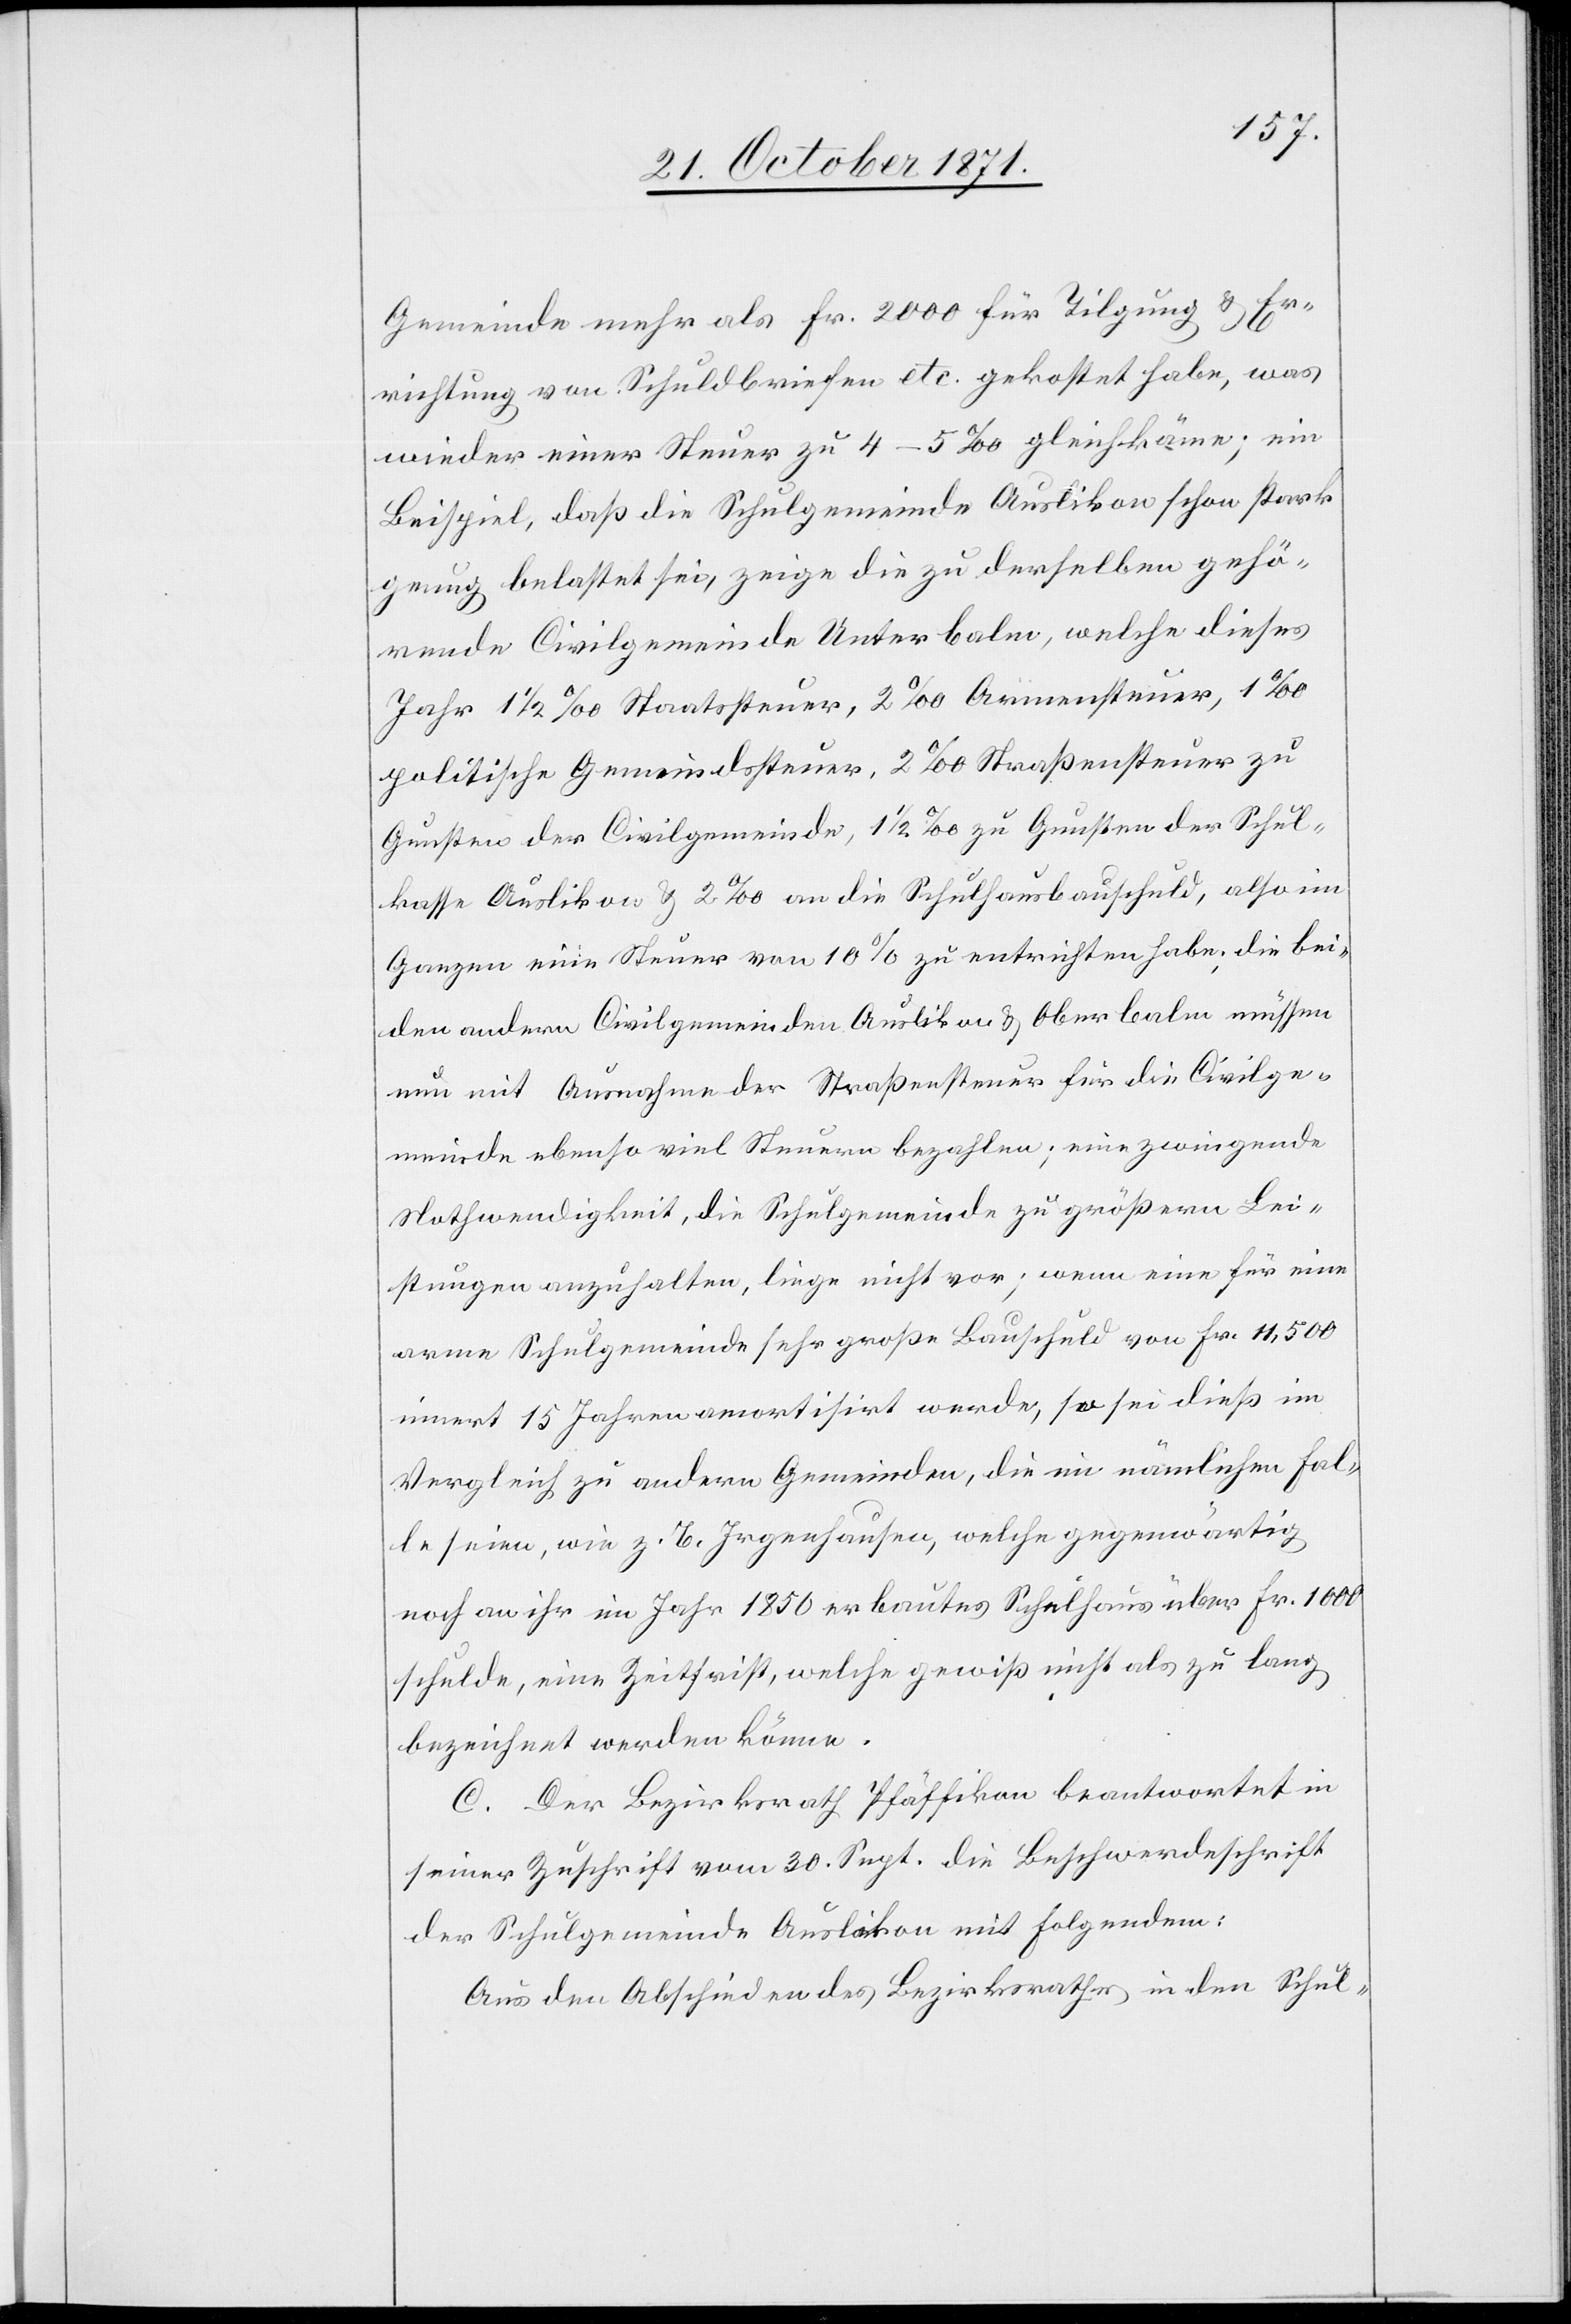
Gemeinde mehr als Fr. 2000 für Tilgung & Er¬
richtung von Schuldbriefen etc. gekostet habe, was
wieder einer Steuer zu 4–5‰ gleichkäme; ein
Beispiel, daß die Schulgemeinde Auslikon schon stark
genug belastet sei, zeige die zu derselben gehö¬
rende Civilgemeinde Unterbalm, welche dieses
Jahr 1 1/2 ‰ Staatsteuer, 2‰ Armensteuer, 1‰
politische Gemeindesteuer, 2‰ Straßensteuer zu
Gunsten der Civilgemeinde, 1 1/2 ‰ zu Gunsten der Schul¬
kasse Auslikon & 2‰ an die Schulhausbauschuld, also im
Ganzen eine Steuer von 10% zu entrichten habe; die bei¬
den andern Civilgemeinden Auslikon & Oberbalm müssen
nun mit Ausnahme der Straßensteuer für die Civilge¬
meinde ebenso viel Steuern bezahlen, eine zwingende
Nothwendigkeit, die Schulgemeinde zu größern Lei¬
stungen anzuhalten, liege nicht vor; wenn eine für eine
arme Schulgemeinde sehr große Bauschuld von Fr. 11,500
innert 15 Jahren amortisirt werde, so sei dieß im
Vergleich zu andern Gemeinden, die im nämlichen Fal¬
le seien, wie z. B. Irgenhausen, welche gegenwärtig
noch an ihr im Jahr 1850 erbautes Schulhaus über Fr. 1000
schulde, eine Zeitfrist, welche gewiß nicht als zu lang
bezeichnet werden könne.
C. Der Bezirksrath Pfäffikon beantwortet in
seiner Zuschrift vom 30. Sept. die Beschwerdeschrift
der Schulgemeinde Auslikon mit Folgendem:
Aus den Abschieden des Bezirksrathes in den Schul-